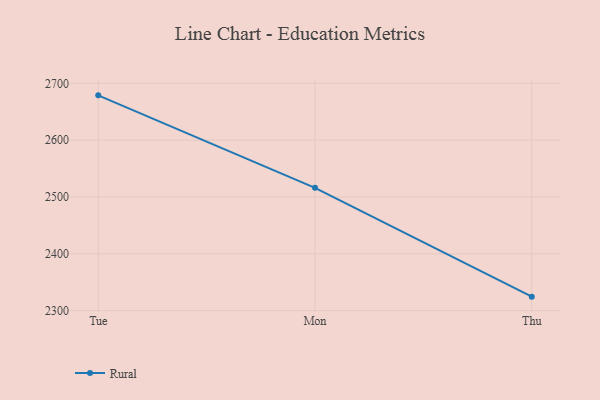
{"axis": {"x": "Day", "y": "Operating Costs (USD K)"}, "legend": ["Rural"], "data": [{"x": "Tue", "y": 2678.9, "type": "Rural"}, {"x": "Mon", "y": 2516.1, "type": "Rural"}, {"x": "Thu", "y": 2324.5, "type": "Rural"}]}